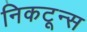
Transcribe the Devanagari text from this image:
निकटून्स